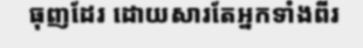
ធុញដែរ ដោយសារតែអ្នកទាំងពីរ